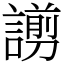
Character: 謭